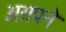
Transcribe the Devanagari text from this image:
असपने